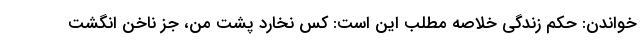
خواندن: حکم زندگی خلاصه مطلب این است: کس نخارد پشت من، جز ناخن انگشت